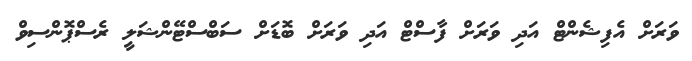
ވަރަށް އެފިޝެންޓް އަދި ވަރަށް ފާސްޓް އަދި ވަރަށް ބޮޑަށް ސަބްސްޓޭންޝަލީ ރެސްޕޮންސިވް